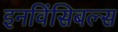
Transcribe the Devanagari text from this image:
इनविंसिबल्स